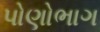
પોણોભાગ